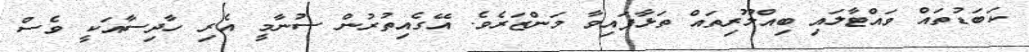
ކަބަޑުތައް ވައްޓާލައި ބިއްލޫރިތައް ތަޅާފައިވާ މަންޒަރެވެ. އޭގެއިތުރުން ސުނާމީ އެރި ހާދިސާއަކީ ވެސް